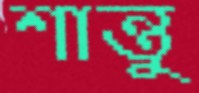
শান্তু